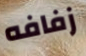
زفافه